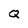
Character: Q